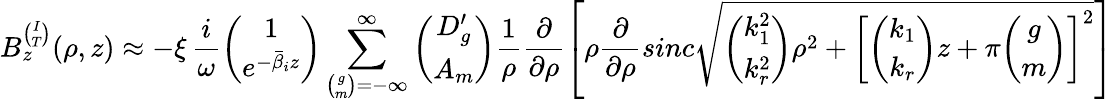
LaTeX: B_{z}^{\binom{I}{T}}(\rho,z)\approx-\xi\, \frac{i}{\omega}{\binom{1}{e^{-\bar{\beta}_{i}z}}}\sum_{{\binom{g}{m}}=-\infty}^{\infty}{\binom{D_{g}^{\prime}}{A_{m}}}\frac{1}{\rho}\frac{\partial}{\partial\rho}\left[\rho\frac{\partial}{\partial\rho}sinc\sqrt{{\binom{k_{1}^{2}}{k_{r}^{2}}}\rho^{2}+\left[{\binom{k_{1}}{k_{r}}}z+\pi{\binom{g}{m}}\right]^{2}}\right]